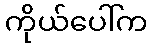
ကိုယ်ပေါ်က